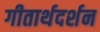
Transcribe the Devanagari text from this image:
गीतार्थदर्शन